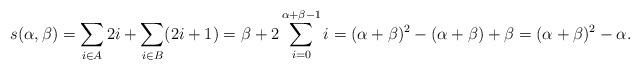
LaTeX: \begin{align*}s(\alpha,\beta) = \sum_{i\in A} 2i + \sum_{i\in B} (2i+1) = \beta + 2 \sum_{i=0}^{\alpha+\beta-1} i= (\alpha+\beta)^2 -(\alpha+\beta) + \beta =(\alpha+\beta)^2 -\alpha.\end{align*}